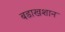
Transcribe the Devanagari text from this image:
बडाखशान